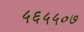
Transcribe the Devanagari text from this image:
५६५५०७